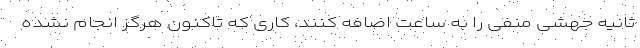
ثانیه جهشی منفی را به ساعت اضافه کنند، کاری که تاکنون هرگز انجام نشده